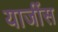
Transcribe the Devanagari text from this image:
याजींस